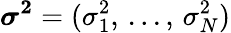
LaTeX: \boldsymbol{\sigma^{2}}=(\sigma_{1}^{2},\, ...,\, \sigma_{N}^{2})